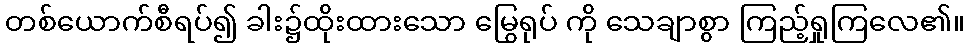
တစ်ယောက်စီရပ်၍ ခါး၌ထိုးထားသော မြွေရုပ် ကို သေချာစွာ ကြည့်ရှုကြလေ၏။